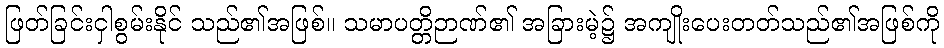
ဖြတ်ခြင်းငှါစွမ်းနိုင် သည်၏အဖြစ်။ သမာပတ္တိဉာဏ်၏ အခြားမဲ့၌ အကျိုးပေးတတ်သည်၏အဖြစ်ကို